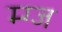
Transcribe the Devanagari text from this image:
म्ग्ज